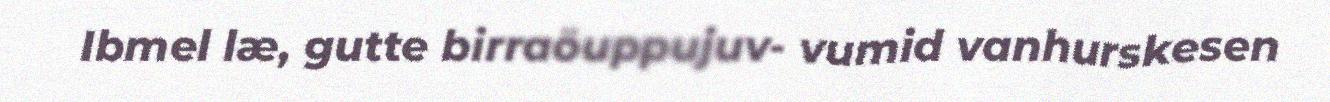
Ibmel læ, gutte birraöuppujuv- vumid vanhurskesen